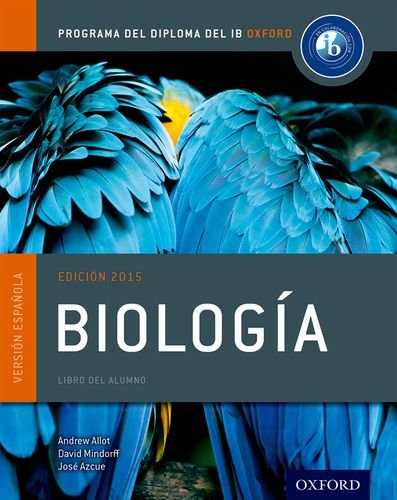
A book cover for IB Biologia Libro del Alumno: Programa del Diploma del IB Oxford (IB Diploma Program); Andrew Allott; Teen & Young Adult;